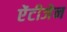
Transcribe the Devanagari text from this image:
ऐंटीजेन